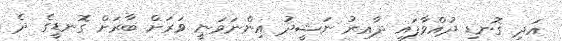
އަދި ގޮނޑި ދުއްވާފައި ދާއިރު ނަޝީދު އިންނަވަނީ ވަރަށް ބާރަށް ގޮނޑީގެ ދެ